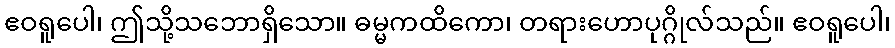
ဧဝရူပေါ၊ ဤသို့သဘောရှိသော။ ဓမ္မကထိကော၊ တရားဟောပုဂ္ဂိုလ်သည်။ ဧဝရူပေါ၊